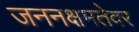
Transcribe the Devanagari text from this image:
जननक्षमतेवर